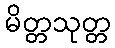
မိတ္တသုတ္တ